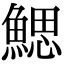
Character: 鰓